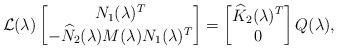
LaTeX: \begin{align*}\mathcal{L}(\lambda)\begin{bmatrix}N_1(\lambda)^T \\-\widehat{N}_2(\lambda)M(\lambda)N_1(\lambda)^T\end{bmatrix}=\begin{bmatrix}\widehat{K}_2(\lambda)^T \\ 0\end{bmatrix}Q(\lambda),\end{align*}